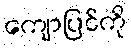
ကျောပြင်ကို